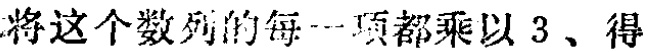
将这个数列的每一项都乘以 3、得